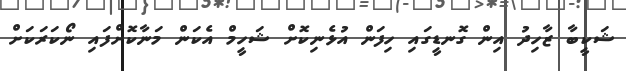
ޝަކީބާ ޒާހިދު އިން ގޮނޑީގައި ހިފަން އުޅެނިކޮށް ޝަހީމް އެކަން މަނާކޮށްފައި ނޯކަރަކަށް